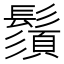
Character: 鬚